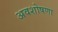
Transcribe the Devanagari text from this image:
अवशोषणा